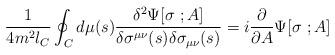
LaTeX: \begin{align*}{1\over 4m^2l_C }\oint_C d\mu(s){\delta^2\Psi[\sigma\ ;A]\over \delta\sigma^{\mu\nu}(s)\delta\sigma_{\mu\nu}(s)}=i{\partial\over\partial A}\Psi[\sigma\ ;A]\end{align*}